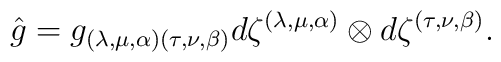
\hat{g}=g_{(\lambda,\mu,\alpha)(\tau,\nu,\beta)}d\zeta^{(\lambda,\mu,\alpha)}\otimes d\zeta^{(\tau,\nu,\beta)}.